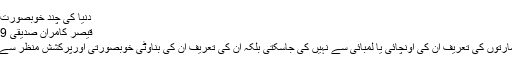
دنیا کی چند خوبصورت ترین عمارتیں -
قیصر کامران صدیقی 19 نومبر 2014
کسی جگہ اورعمارتوں کی تعریف ان کی اونچائی یا لمبائی سے نہیں کی جاسکتی بلکہ ان کی تعریف ان کی بناوٹی خوبصورتی اورپُرکشش منظر سے کیا جاسکتاہے ۔